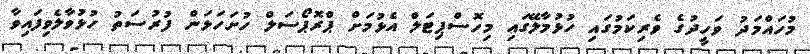
މުހައްމަދު ވަހީދުގެ ވެރިކަމުގައި ހުޅުމާލޭގައި މިހޮސްޕިޓަލް އެޅުމަށް ޕްރޮޕޯސަލް ހުށަހަޅަން ފުރުސަތު ހުޅުވާލެވިފައިވާ